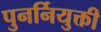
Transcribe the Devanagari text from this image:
पुनर्नियुक्ती